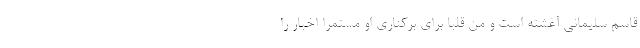
قاسم سلیمانی آغشته است و من قلباً برای برکناری او مستمراً اخبار را